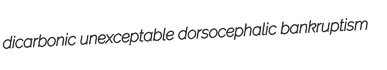
dicarbonic unexceptable dorsocephalic bankruptism